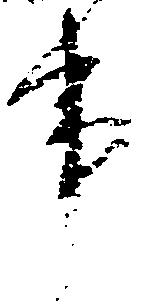
事